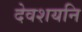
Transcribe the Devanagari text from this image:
देवशयनि